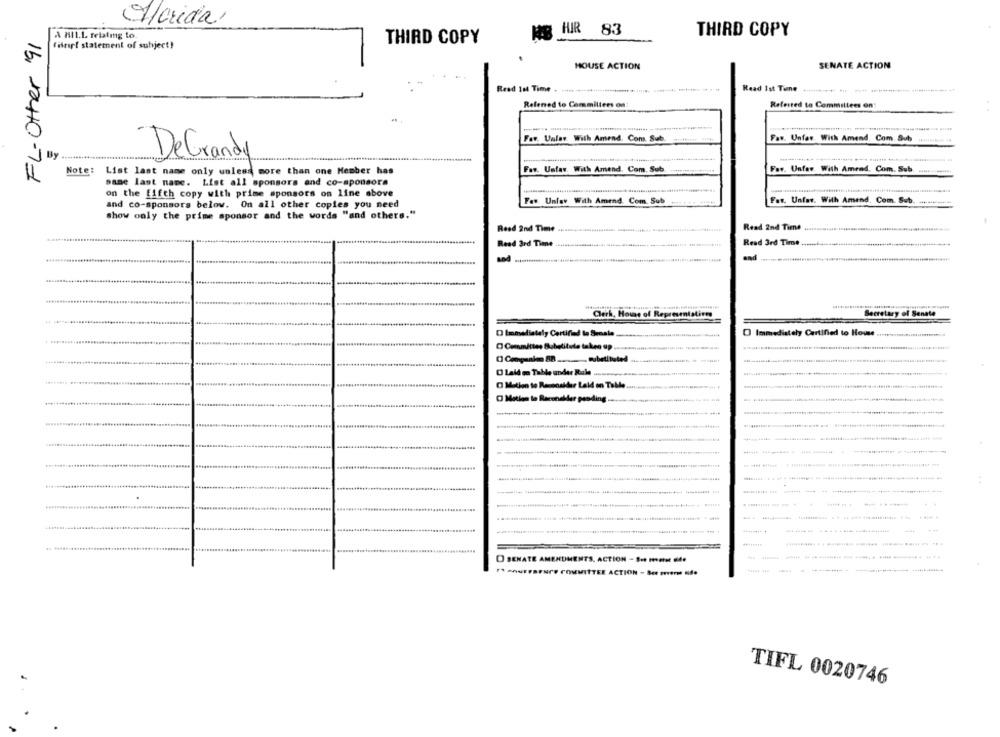
Merida
FL-Other '91
A MIL.L. febalmg to.
NB HIR 83
THIRD COPY
(ifrart statement of subject!
THIRD COPY
HOUSE ACTION
SENATE ACTION
Read Ist Time
Refened to Committees on:
Referred to Committees on
Far. Unlav With Amend. Com. Sub
Faw. Unfar With Amend. Com. Sub
By
DeGrandy
Note:
Far. Ustav With Amend. Com. Sub
Far. Unfar. With Amead. Com. Sub
List last name only unless more than one Member has
same last name. List all sponsors and co-sponsors
--
on the fifth copy with prime sponsors on line above
Fav. Unfay With Amend. Com. Sub
Far. Unfar. With Amend. Com. Sub.
and co-sponsors below. On all other copies you need
show only the prime sponsor and the words "and others."
Read 2nd Time
Read 2nd Time +
Read ard Time
Read 3rd Time,
Clerk, Home of Represen
Secretary of Senate
Immediately Certified to House
D Immediately Certified la Sumale
O Committee Substitute taken up
( Congaalso 88 ..... substituted
O Laid go Table under Rale ..
O Mation to Reconsider Leid on Table
O Mation to Reconeller pending.
O SENATE AMENDMENTS. ACTION - S- HEHE de
............
** ****** COMMITTEE ACTION - See même i.
TIFL 0020746